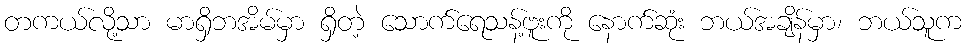
တကယ်လို့သာ မာရှိဘအိမ်မှာ ရှိတဲ့ သောက်ရေသန့်ဗူးကို နောက်ဆုံး ဘယ်အချိန်မှာ၊ ဘယ်သူက